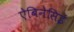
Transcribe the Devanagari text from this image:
ऐबिनेसिई